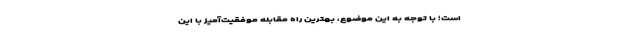
است؛ با توجه به این موضوع، بهترین راه مقابلهٔ موفقیت‌آمیز با این